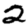
Digit: 2